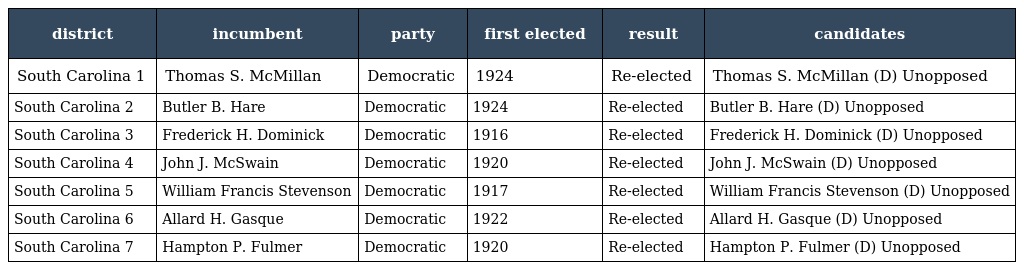
| district | incumbent | party | first elected | result | candidates |
 | --- | --- | --- | --- | --- | --- |
 | South Carolina 1 | Thomas S. McMillan | Democratic | 1924 | Re-elected | Thomas S. McMillan (D) Unopposed |
 | South Carolina 2 | Butler B. Hare | Democratic | 1924 | Re-elected | Butler B. Hare (D) Unopposed |
 | South Carolina 3 | Frederick H. Dominick | Democratic | 1916 | Re-elected | Frederick H. Dominick (D) Unopposed |
 | South Carolina 4 | John J. McSwain | Democratic | 1920 | Re-elected | John J. McSwain (D) Unopposed |
 | South Carolina 5 | William Francis Stevenson | Democratic | 1917 | Re-elected | William Francis Stevenson (D) Unopposed |
 | South Carolina 6 | Allard H. Gasque | Democratic | 1922 | Re-elected | Allard H. Gasque (D) Unopposed |
 | South Carolina 7 | Hampton P. Fulmer | Democratic | 1920 | Re-elected | Hampton P. Fulmer (D) Unopposed |